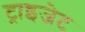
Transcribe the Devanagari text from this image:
ट्राइजेट